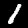
Label: 1